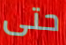
حتى